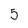
Character: 5